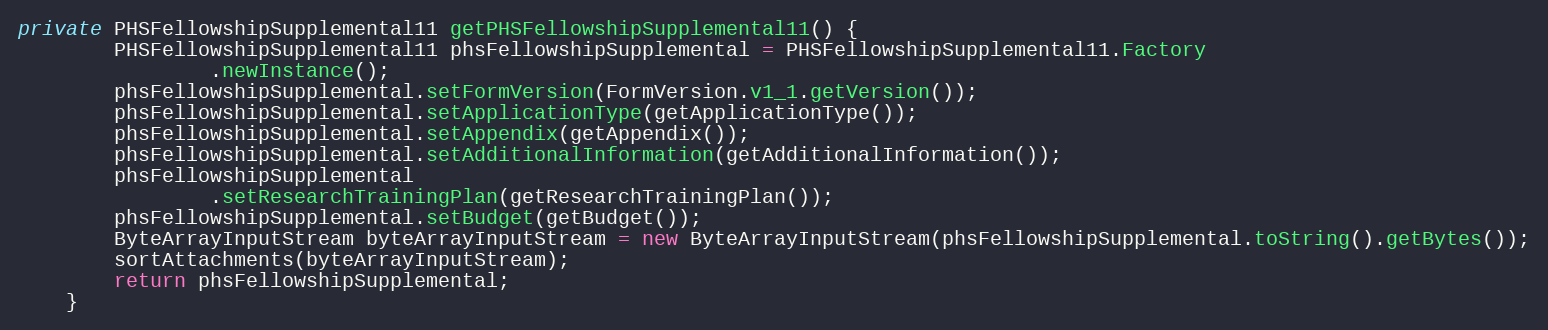
Language: Java
private PHSFellowshipSupplemental11 getPHSFellowshipSupplemental11() {
		PHSFellowshipSupplemental11 phsFellowshipSupplemental = PHSFellowshipSupplemental11.Factory
				.newInstance();
		phsFellowshipSupplemental.setFormVersion(FormVersion.v1_1.getVersion());
		phsFellowshipSupplemental.setApplicationType(getApplicationType());
		phsFellowshipSupplemental.setAppendix(getAppendix());
		phsFellowshipSupplemental.setAdditionalInformation(getAdditionalInformation());
		phsFellowshipSupplemental
				.setResearchTrainingPlan(getResearchTrainingPlan());
		phsFellowshipSupplemental.setBudget(getBudget());
		ByteArrayInputStream byteArrayInputStream = new ByteArrayInputStream(phsFellowshipSupplemental.toString().getBytes());
        sortAttachments(byteArrayInputStream);
		return phsFellowshipSupplemental;
	}